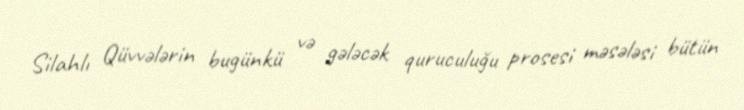
Silahlı Qüvvələrin bugünkü və gələcək quruculuğu prosesi məsələsi bütün